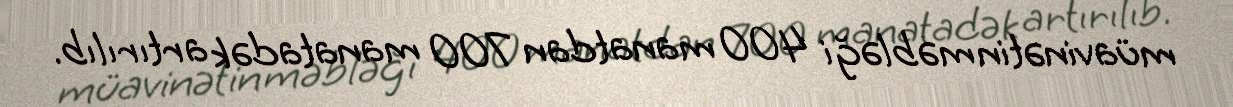
müavinətin məbləği 400 manatdan 700 manatadək artırılıb.